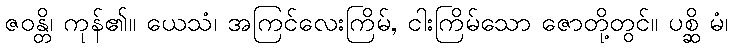
ဇဝန္တိ၊ ကုန်၏။ ယေသံ၊ အကြင်လေးကြိမ်, ငါးကြိမ်သော ဇောတို့တွင်။ ပစ္ဆိ မံ၊